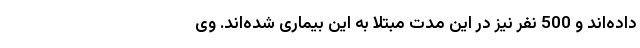
داده‌اند و 500 نفر نیز در این مدت مبتلا به این بیماری شده‌اند. وی